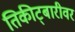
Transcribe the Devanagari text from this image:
तिकीट्बारीवर